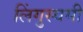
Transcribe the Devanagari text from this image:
लिंगुस्वमी